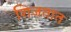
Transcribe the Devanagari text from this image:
शिजतात